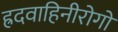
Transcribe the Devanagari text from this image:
ह्रदवाहिनीरोगों